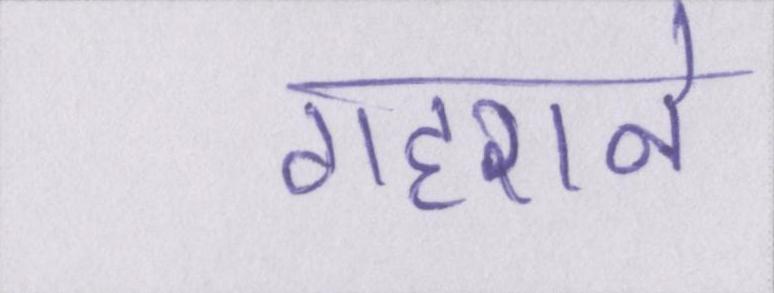
गहराने